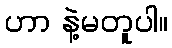
ဟာ နဲ့မတူပါ။